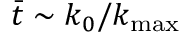
\bar { t } \sim k _ { 0 } / k _ { \operatorname* { m a x } }